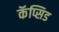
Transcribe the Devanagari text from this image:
कॅप्सिड